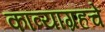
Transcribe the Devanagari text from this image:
काव्याग्रहचे